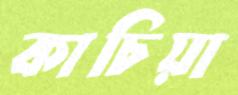
কাচিয়া